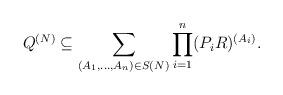
LaTeX: \begin{align*}Q^{(N)} \subseteq \sum_{(A_1, \ldots, A_n) \in S(N)} \prod_{i=1}^n (P_i R)^{(A_i)}. \end{align*}